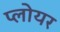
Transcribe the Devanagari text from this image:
प्लोयर